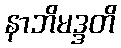
နာဘိမဒ္ဒတိ